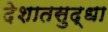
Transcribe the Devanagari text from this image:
देशातसुद्धा